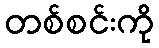
တစ်စင်းကို